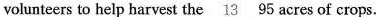
volunteers to help harvest the \underline{13} 95 acres of crops.